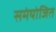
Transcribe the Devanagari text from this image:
समंयोजित